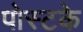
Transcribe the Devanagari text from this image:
पोस्टके